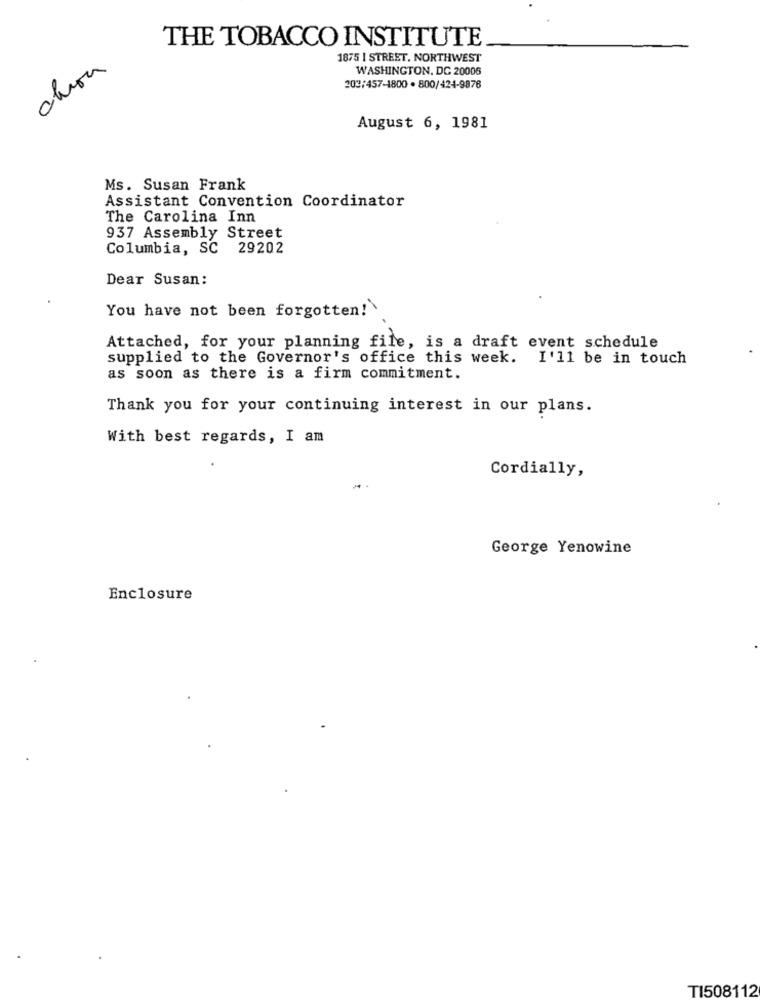
THE TOBACCO INSTITUTE
1875 I STREET, NORTHWEST
chron
WASHINGTON, DC 20006
203/457-1800 . 800/424-9876
August 6, 1981
Ms. Susan Frank
Assistant Convention Coordinator
The Carolina Inn
937 Assembly Street
Columbia, SC 29202
Dear Susan:
You have not been forgotten!
Attached, for your planning file, is a draft event schedule
supplied to the Governor's office this week. I'll be in touch
as soon as there is a firm commitment.
Thank you for your continuing interest in our plans.
With best regards, I am
Cordially,
George Yenowine
Enclosure
TI508112